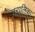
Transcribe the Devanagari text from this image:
नरालिका